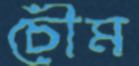
চৌম